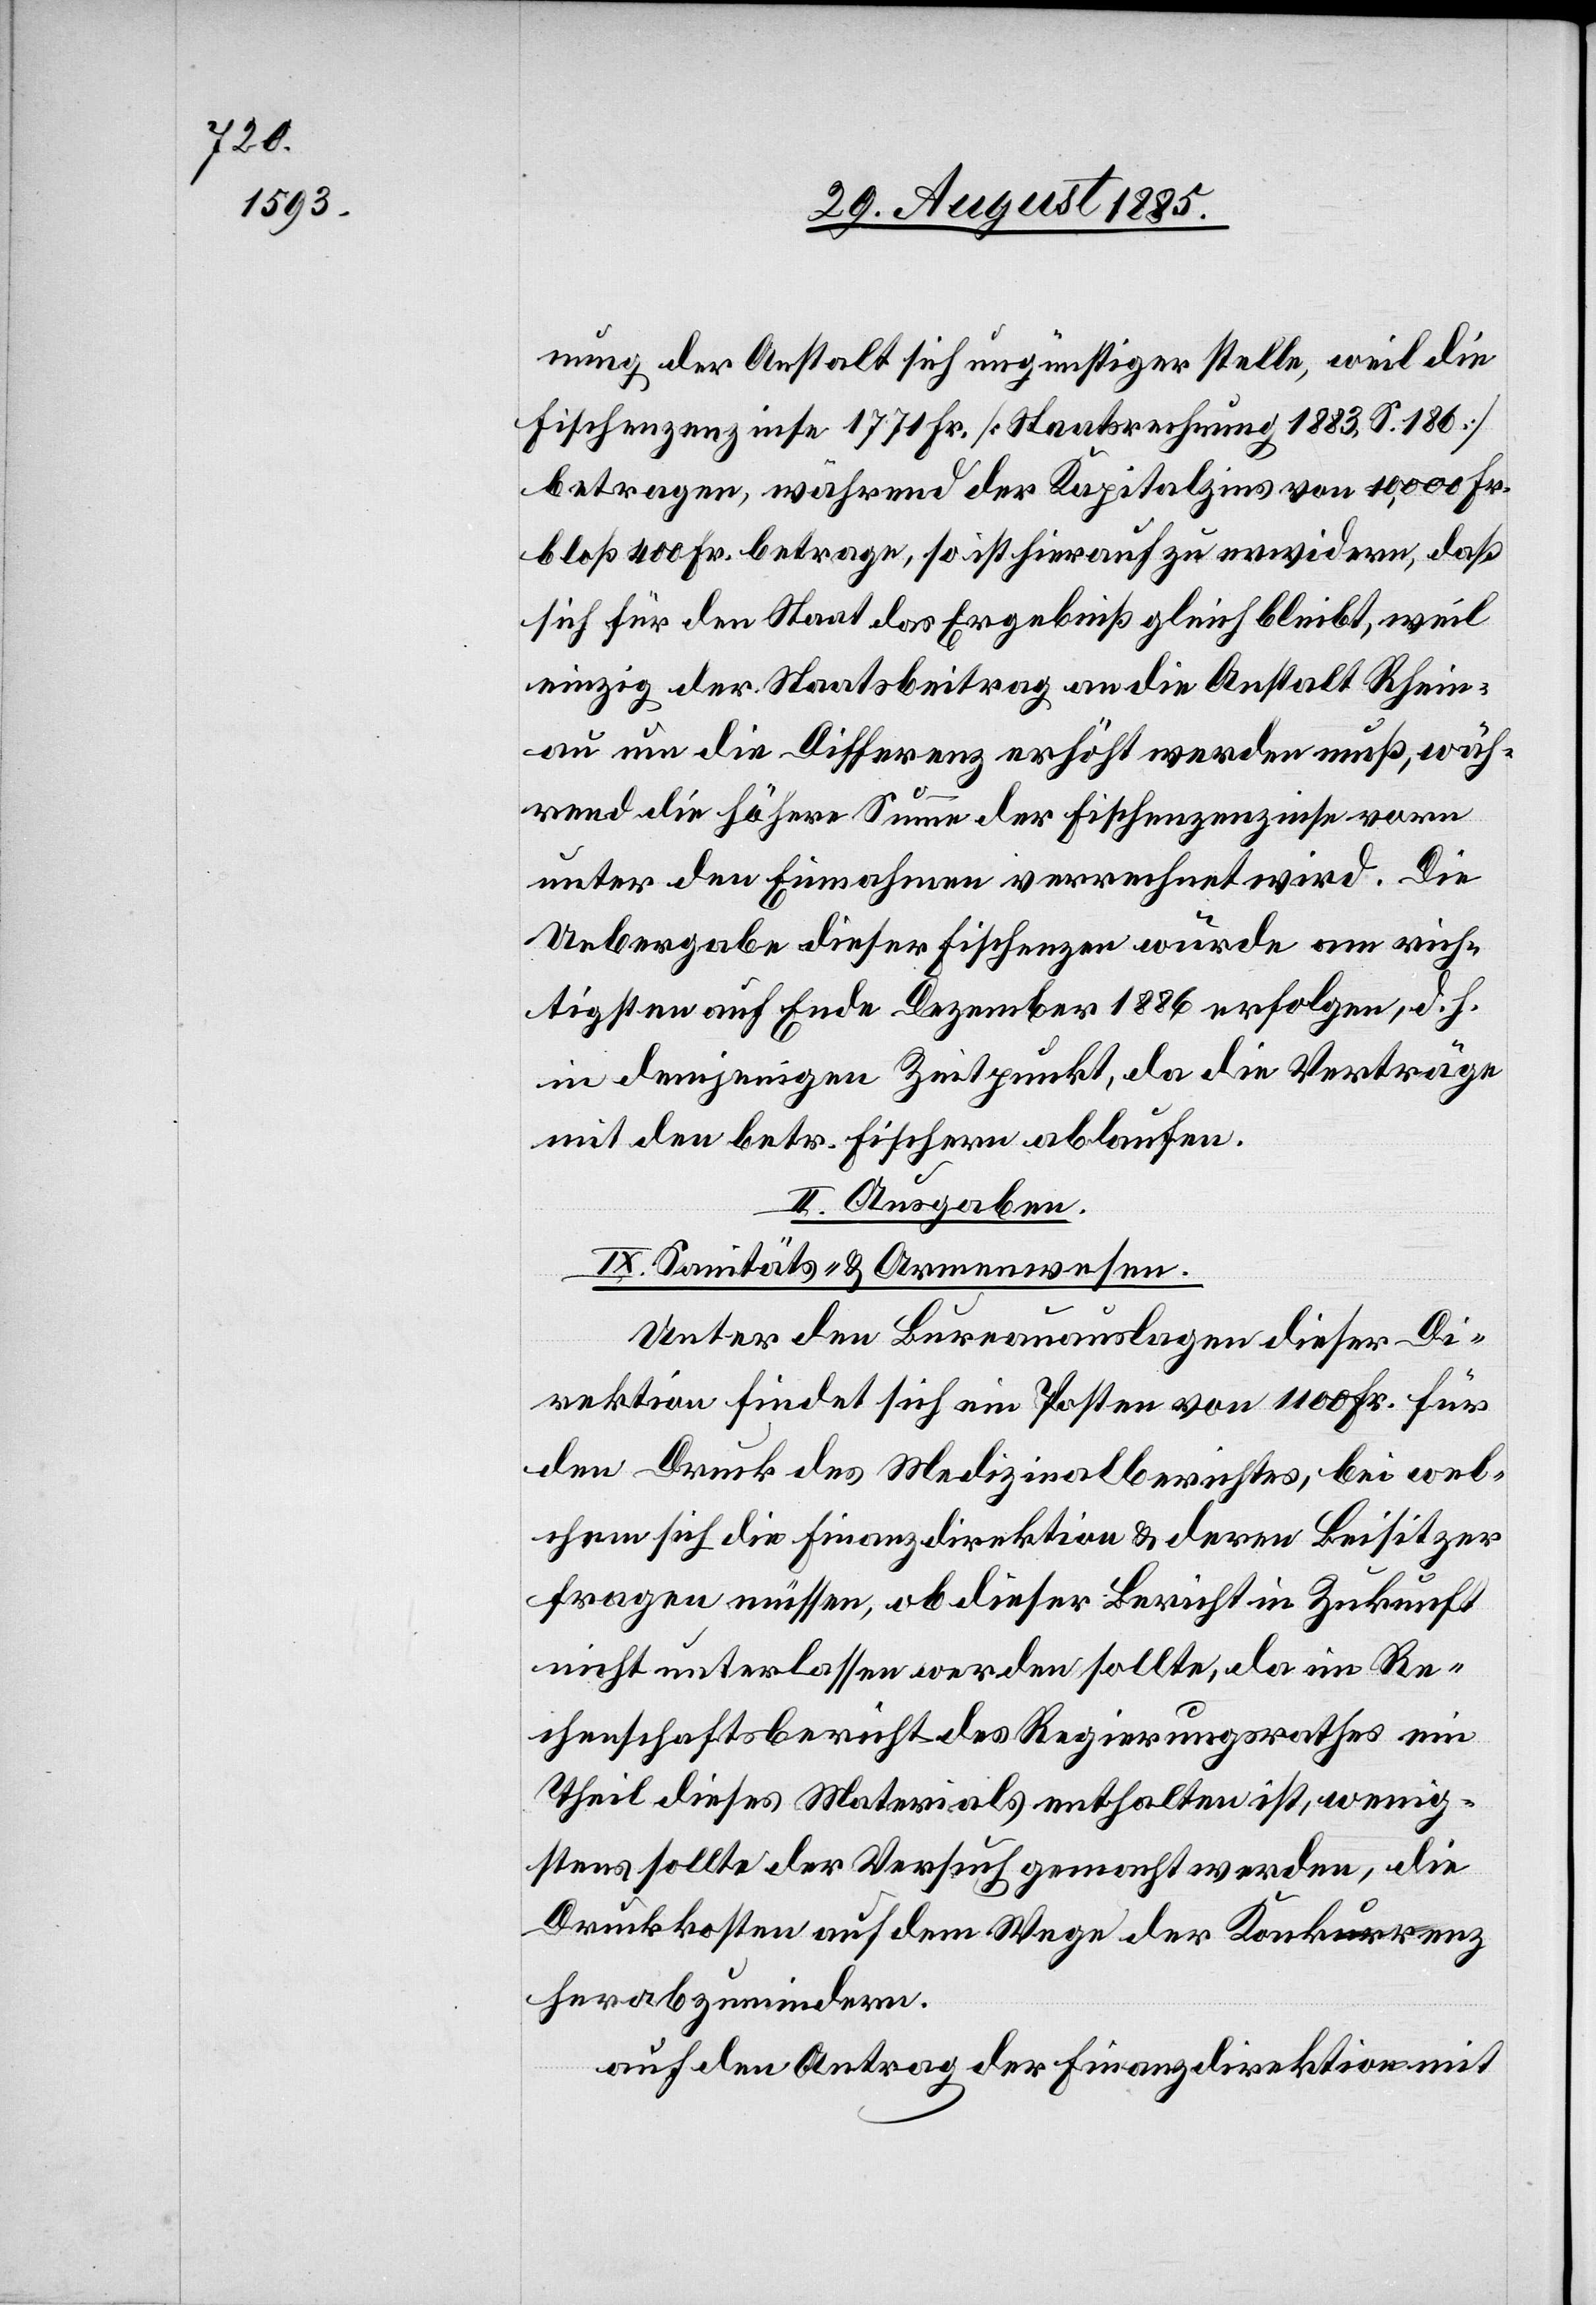
nung der Anstalt sich ungünstiger stelle, weil die
Fischenzenzinse 1771 Fr. [Staatsrechnung 1883, S. 186]
betragen, während der Kapitalzins von 10,000 Fr.
bloß 400 Fr. betrage, so ist hierauf zu erwidern, daß
sich für den Staat das Ergebniß gleich bleibt, weil
einzig der Staatsbeitrag an die Anstalt Rhein¬
au um die Differenz erhöht werden muß, wäh¬
rend die höhere Summe der Fischenzenzinse vorn
unter den Einnahmen verrechnet wird. Die
Uebergabe dieser Fischenzen würde am rich¬
tigsten auf Ende Dezember 1886 erfolgen, d. h.
in demjenigen Zeitpunkt, da die Verträge
mit den betr. Fischern ablaufen.
II. Ausgaben.
IX. Sanitäts- & Armenwesen.
Unter den Bureauauslagen dieser Di¬
rektion findet sich ein Posten von 1100 Fr. für
den Druck des Medizinalberichtes, bei wel¬
chem sich die Finanzdirektion & deren Beisitzer
fragen müssen, ob dieser Bericht in Zukunft
nicht unterlassen werden sollte, da im Re¬
chenschaftsbericht des Regierungsrathes ein
Theil dieses Materials enthalten ist, wenig¬
stens sollte der Versuch gemacht werden, die
Druckkosten auf dem Wege der Konkurrenz
herabzumindern.
auf den Antrag der Finanzdirektion mit